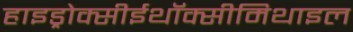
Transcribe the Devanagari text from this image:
हाइड्रोक्सीईथॉक्सीमिथाइल